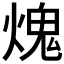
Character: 𤌋